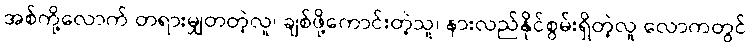
အစ်ကို့လောက် တရားမျှတတဲ့လူ၊ ချစ်ဖို့ကောင်းတဲ့သူ၊ နားလည်နိုင်စွမ်းရှိတဲ့လူ လောကတွင်